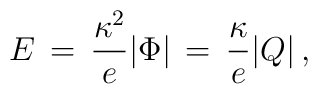
E \, = \, {\kappa^2 \over e} | \Phi| \, = \, {\kappa \over e} |Q|  \,  ,